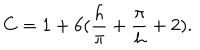
LaTeX: C = 1 + 6 ( { \frac { h } { \pi } } + { \frac { \pi } { h } } + 2 ) .